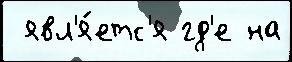
 явл'я́етс'я гд'е на